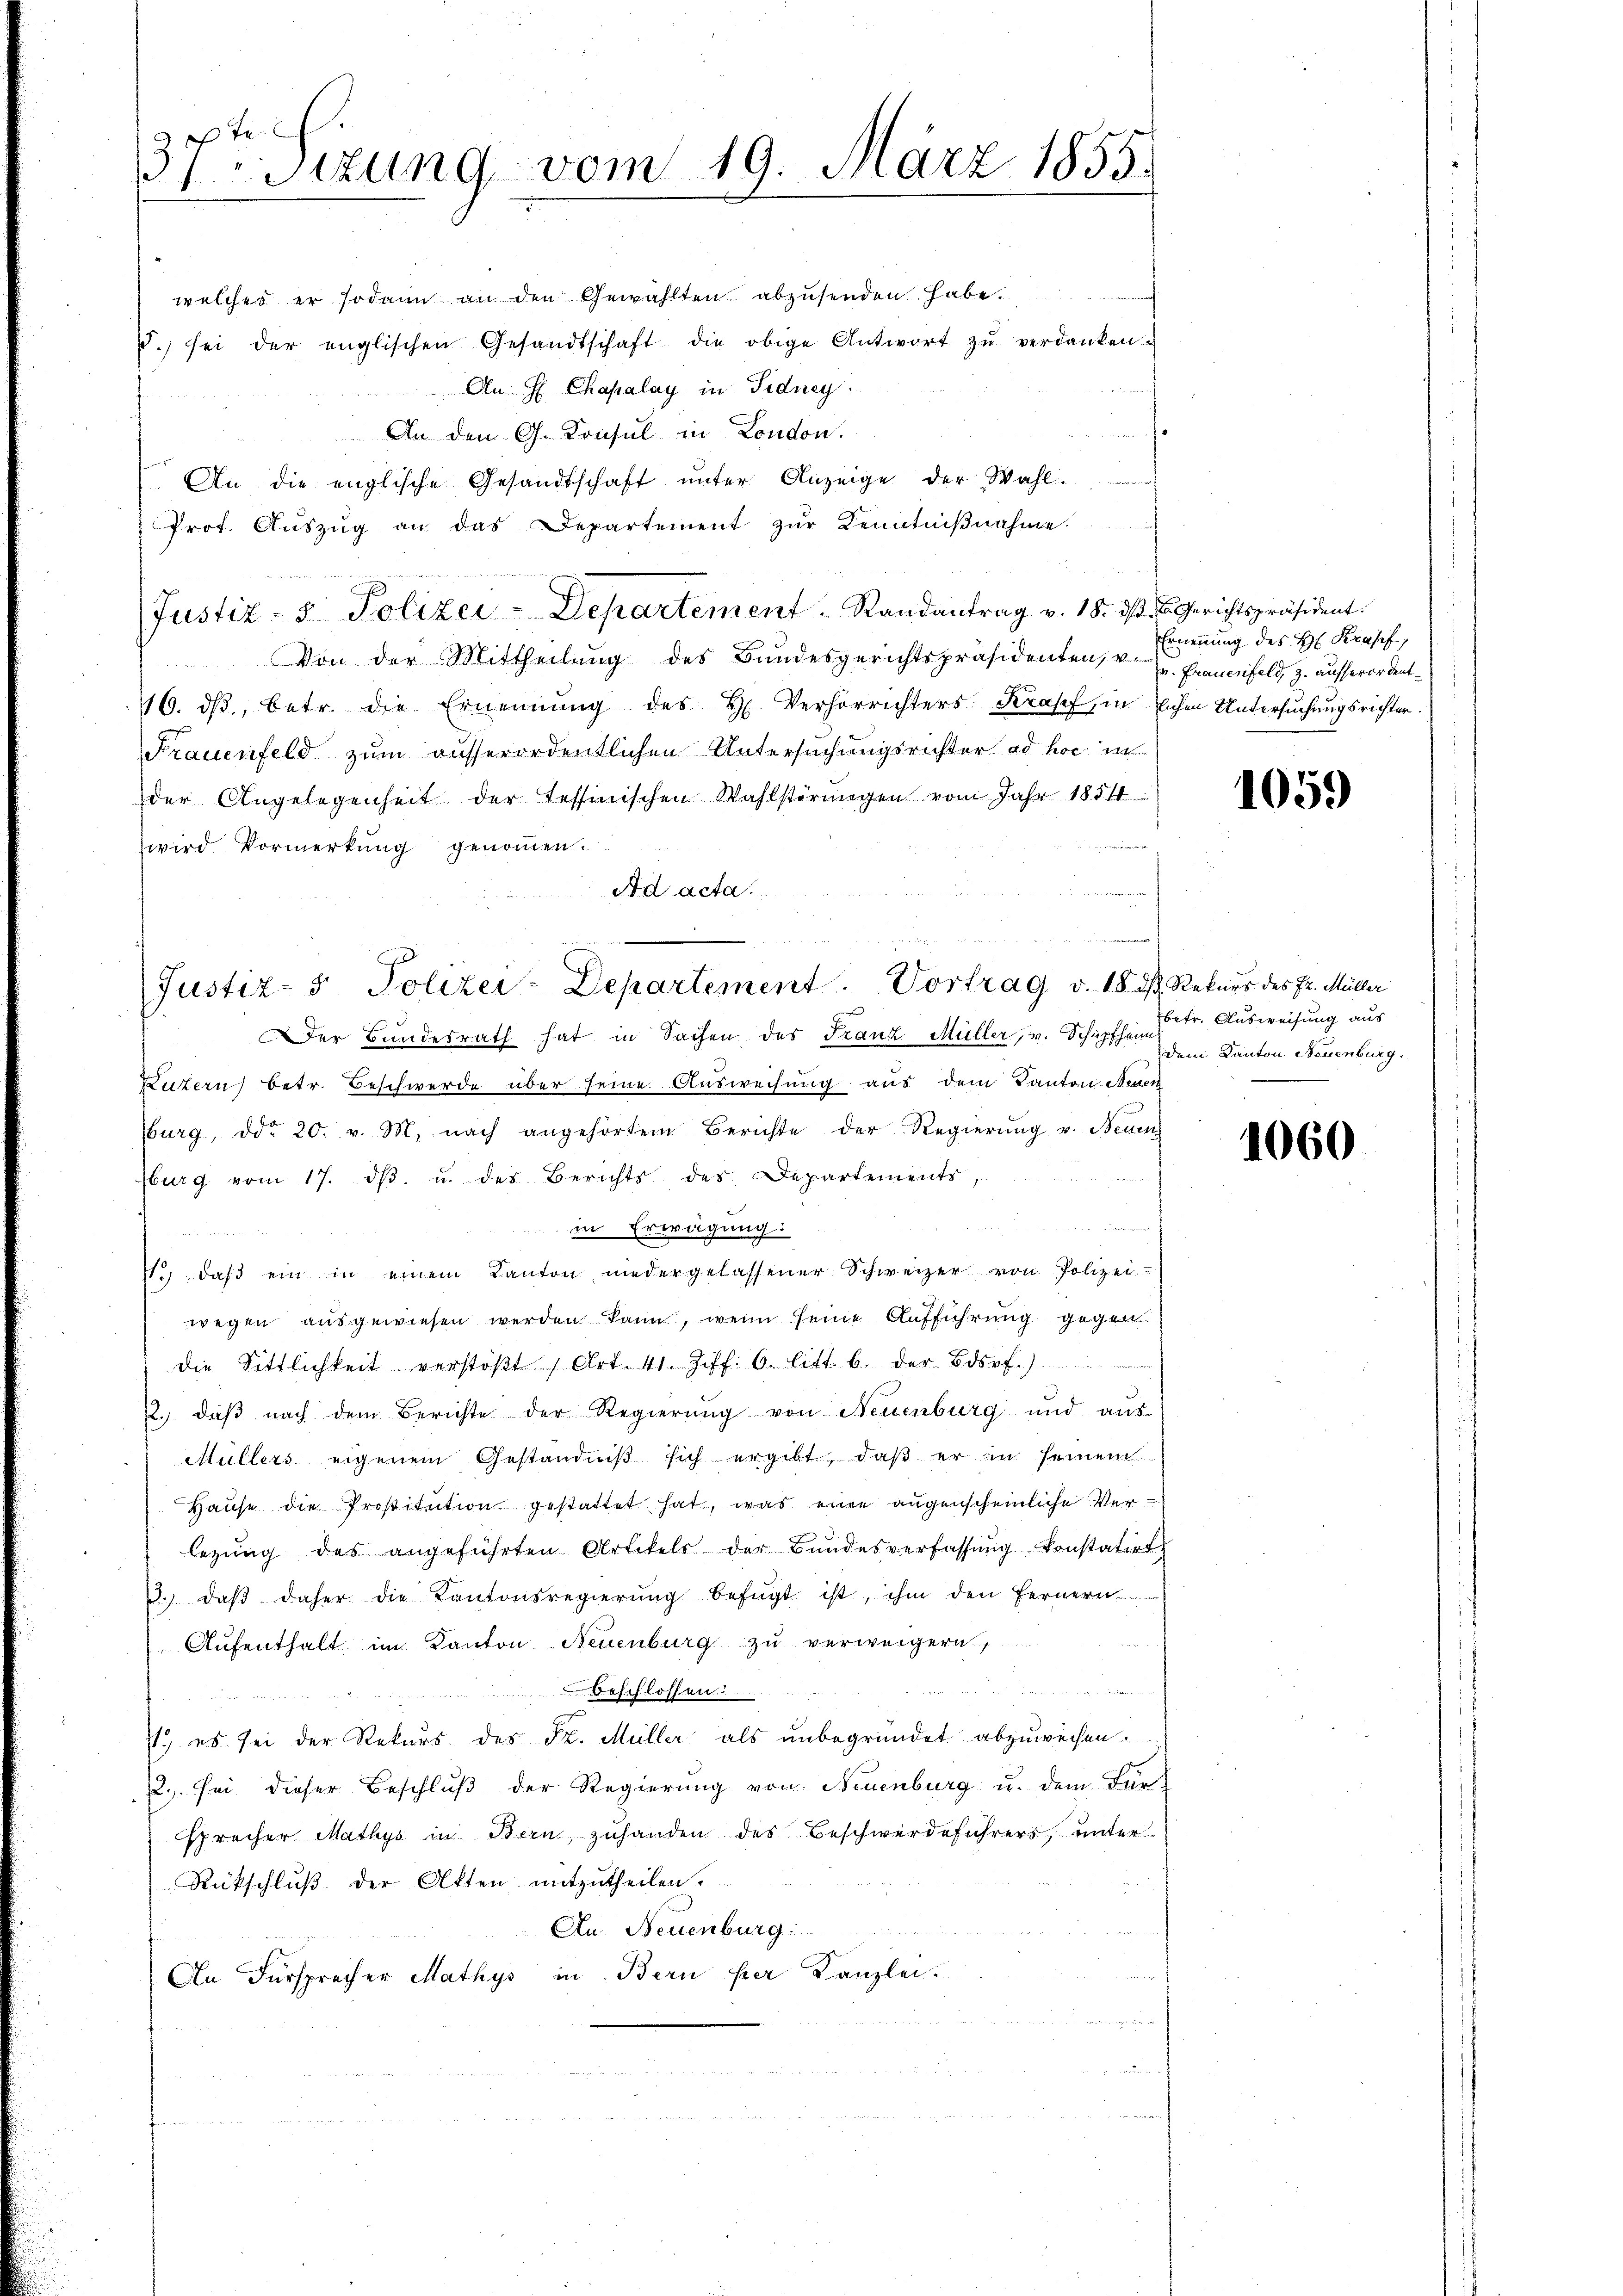
te
31 Sizung vom 19. März 1855.

welches er sodann an den Gewählten abzusenden habe.
5. sei der englischen Gesandtschaft die obige Antwort zŭ verdanken.
An H Chapalay in Fidney
An den G. Konsul in London.
An die englische Gesandtschaft ŭnter Anzeige der Wahl.
Prot. Auszug an das Departement zur Kenntnißnahme
Justiz- & Polizei-Departement. Randantrag v. 18. ds. E. Gerichtspräsident.
Von der Mittheilung des Bundesgerichtspräsidenten, v.
16. dβ, betr. die Ernennung des H. Verhörrichters Krapf, in schen Untersuchungsrichter
Frauenfeld zum ausserordentlichen Untersuchungsrichter ad hoc in
der Angelegenheit der Tessinischen Wahlstörungen vom Jahr 1851
wird Vormerkung genommen.
Ad acta.
Der Bundesrath hat in Sachen des Franz Müller, v. Schüpfheim
Luzern betr. Beschwerde über seine Ausweisung aus dem Kanton Neuer
burg, ddo 20. v. M. nach angehörtem Berichte der Regierŭng u. Neuen
burg vom 17. dβ. u. des Berichts des Departements,
d
in Erwägung:
J. daβ ein in einem Kanton niedergelassener Schweizer von Polizei
wegen ausgewiesen werden kann, wenn seine Aufführung gegen
die Sittlichkeit verstöβt (Art. 41. Ziff. 6. litt. b. der Bdsrf.)
22. daß nach dem Berichte der Regierung von Neuenburg und aus
Müllers eigenem Geständniß sich ergibt, daß er in seinem
Hause die Prostitution gestattet hat, was eine augenscheinliche Verlegŭng des angeführten Artikels der Bŭndesverfassŭng konstatirt
3. daβ daher die Kantonsregierŭng befügt ist, ihm den fernern
Aufenthalt im Kanton Neuenburg zu verweigern,
beschlossen:
7.) es sei der Rekurs des Fr. Müller als unbegründet abzuweisen.
22. sei dieser Beschluß der Regierung von Neuenburg u. dem Für-
sprecher Mathys in Bern, zuhanden des Beschwerdeführers, unter¬
Rückschluß der Akten mitzutheilen.
An Neuenburg
An Fürsprecher Mathys in Bern hier Kanzlei

Justiz- & Polizei-Departement. Vortrag v. 18. ds. Rekurs des Fr. Müller

Ernennung des Hs. Kraff,
v. Frauenfeld, z. ausserordent.

105.)

betr. Ausweisung aus
Dem Kanton Neuenburg,

1060